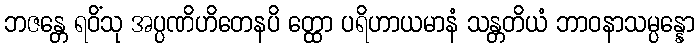
ဘဇန္တေ ရဝိံသု အပ္ပဏိဟိတေနပိ တ္ထော ပရိဟာယမာနံ သန္တတိယံ ဘာဝနာသမ္ပန္နော